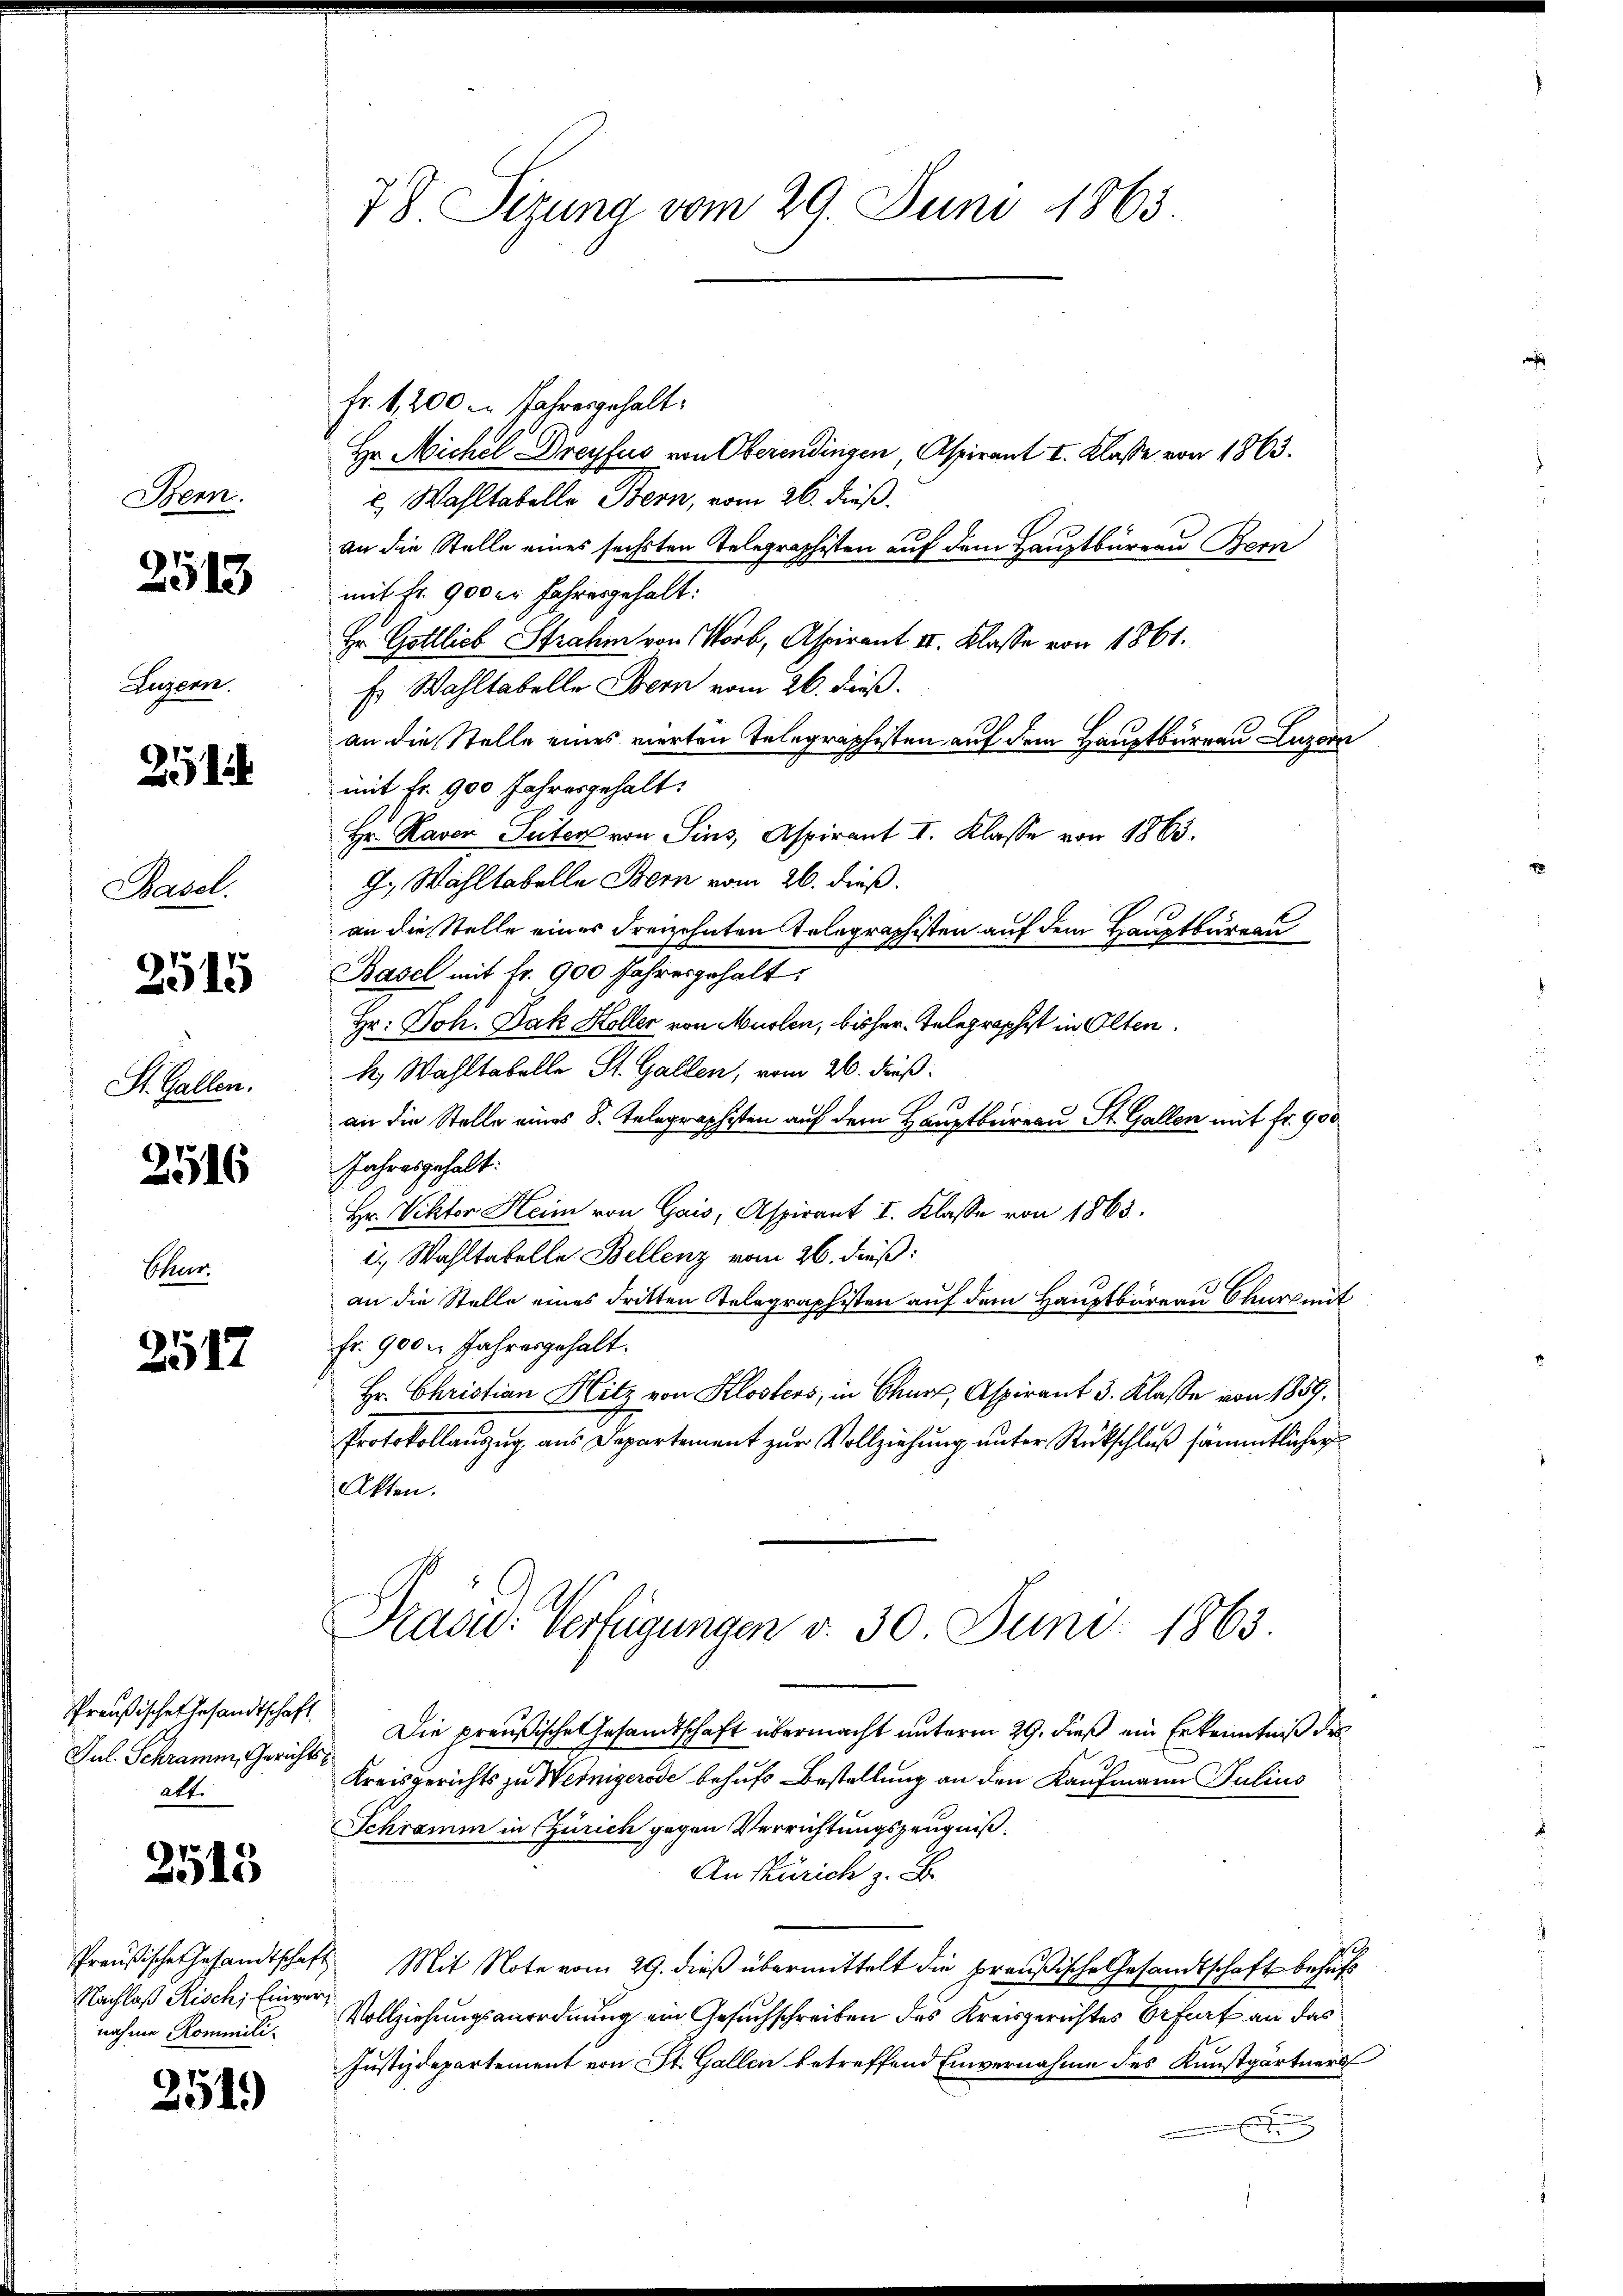
Honn.

2513

Augern.

25

Basel.
St. Gallen.

2515

2516

Cher

2517

Preußisches Gesandtschaft.
Jul. Schramm, Gerichtsatt.

2513

Nachlaß Risch, Einvernahme Kommili

251.)

78. Sizung vom 29. Juni 1865

Fr. 1,200 l. Jahresgehalt
Hr. Michel Dreyfus von Oberendingen, Aspirant I. Klasse von 1863.
e Wahltabelle Bern, vom 26. dieß.
an die Stelle eines sechsten Telegraphisten auf dem Hauptbüreau Bern
mit Fr. 900 er Jahresgehalt:
Hr. Gottlich Strahm von Worb, Aspirant II. Klasse von 1861.
Es Wahltabelle Bern vom 26. dieß.
an die Stelle eines vierten Telegraphisten auf dem Hauptbürgen Luzern
mit Fr. 900 Jahresgehalt
Hr. Raven Seiten von Sins, Aspirant I. Klasse von 1863.
G. Wahltabelle Bern vom 26. dieß.
an die Stelle eines Freizehnten Telegraphisten auf dem Hauptbureau
Basel mit fr. 900 Jahresgehalt
Hr. Joh. Jak Höller von Musten, bisher Telegraphst in Olten.
k. Wahltabelle St. Gallen, vom 26. dieß
an die Stelle eines 8. Telegraphisten auf dem Hauptbureau St. Gallen mit fr. 9500
Jahres gehalt.
Hr. Viktor Heim von Gais, Aspirant I. Klasse von 1863.
i. Wahltabelle Bellenz vom 26. dieß:
an die Stelle eines dritten Telegraphisten auf dem Hauptbüreau Okur mit
Fr. 900. Jahresgehalt.
Hr. Christian Hitz von Klosters, in Chur, Aspirant 3. Klasse von 1859.
Protokollanzug aus Departement zur Vollziehung unter Rückschluß sämmtlichen
Akten.
Paow: Verfügungen v. 30. Juni 1863.
Die preußische Gesandtschaft übermacht unterm 29. dieß ein Erkenntniß des
Kreisgerichts zu Weinigerode behufs Bestellung an den Kaufmann Julius
Schramm in Zürich gegen Verrichtungszeugniß.
An Zürich z. B.
Preußische Gesandtschaft Mit Note vom 29. dieß übermittelt die preußische Gesandtschaft behuf
Vollziehungsanordnung ein Gesuchschreiben des Kreisgerichtes Erfurt an das
Justizdepartement von St. Gallen betreffend Einvernahme des Kunstgärtners
n